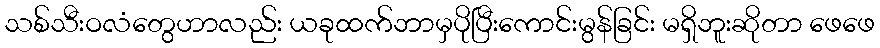
သစ်သီးဝလံတွေဟာလည်း ယခုထက်ဘာမှပိုပြီးကောင်းမွန်ခြင်း မရှိဘူးဆိုတာ ဖေဖေ